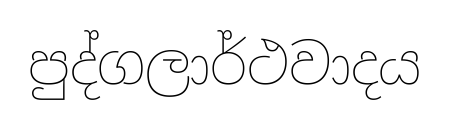
පුද්ගලාර්ථවාදය